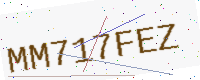
Text: MM717FEZ